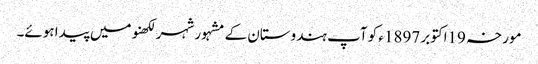
مورخہ 19اکتوبر 1897ء کو آپ ہندوستان کے مشہور شہر لکھنو میں پیدا ہوئے۔